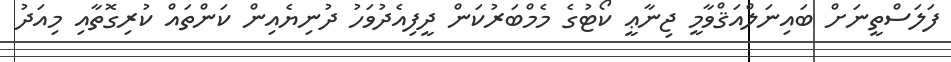
ފަލަސްތީނަށް ބައިނަލްއަޤްވާމީ ޖިނާޢީ ކޯޓުގެ މެމްބަރުކަން ދީފިއެދުވަހު ދުނިޔެއިން ކަންތައް ކުރިގޮތާއި މިއަދު